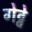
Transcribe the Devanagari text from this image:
गेट्वे